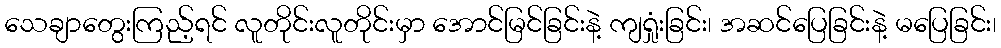
သေချာတွေးကြည့်ရင် လူတိုင်းလူတိုင်းမှာ အောင်မြင်ခြင်းနဲ့ ကျရှုံးခြင်း၊ အဆင်ပြေခြင်းနဲ့ မပြေခြင်း၊